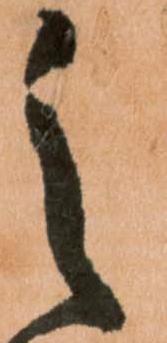
之